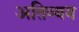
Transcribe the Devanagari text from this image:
अतिव्यय